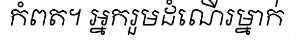
កំពត។ អ្នករួមដំណើរម្នាក់